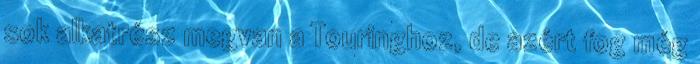
sok alkatrész megvan a Touringhoz, de azért fog még